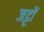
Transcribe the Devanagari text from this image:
जट्टों